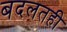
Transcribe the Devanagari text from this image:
बदलतही